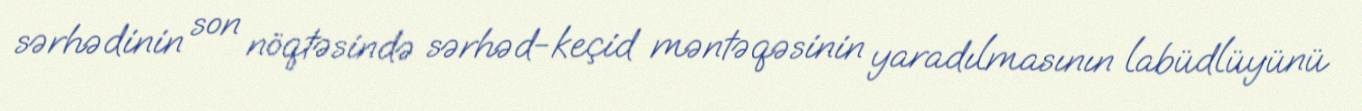
sərhədinin son nöqtəsində sərhəd-keçid məntəqəsinin yaradılmasının labüdlüyünü